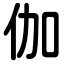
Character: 伽